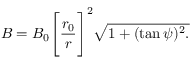
B = B _ { 0 } \Bigg [ \frac { r _ { 0 } } { r } \Bigg ] ^ { 2 } \sqrt { 1 + ( \tan \psi ) ^ { 2 } . }